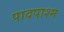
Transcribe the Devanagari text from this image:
पादपाश्म